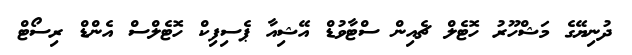
ދުނިޔޭގެ މަޝްހޫރު ހޮޓެލް ޗެއިން ސްޓާވުޑް އޭޝިއާ ޕެސިފިކް ހޮޓެލްސް އެންޑް ރިސޯޓް